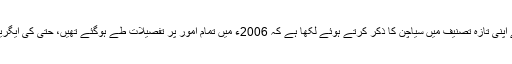
من موہن سنگھ کے دور میں سیکرٹری خارجہ رہے شیام سرن نے اپنی تازہ تصنیف میں سیاچن کا ذکر کرتے ہوئے لکھا ہے کہ 2006ء میں تمام امور پر تفصیلات طے ہوگئے تھیں، حتیٰ کی ایگریمنٹ کے خد وخال اور فوجوں کے انخلا کا کیلنڈر بھی پایا گیا تھا۔